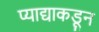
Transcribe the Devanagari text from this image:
प्याद्याकडून